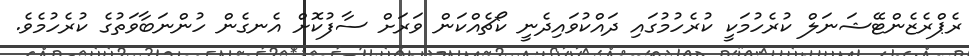
ރެޕްރެޒެންޓޭޝަނަލް ކުރެހުމަކީ ކުރެހުމުގައި ދައްކުވައިދެނީ ކޯޗެއްކަން ވަރަށް ސާފުކޮށް އެނގެން ހުންނަބާވަތުގެ ކުރެހުމެވެ.